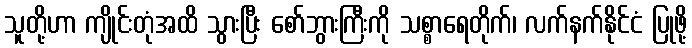
သူတို့ဟာ ကျိုင်းတုံအထိ သွားပြီး စော်ဘွားကြီးကို သစ္စာရေတိုက်၊ လက်နက်နိုင်ငံ ပြုဖို့